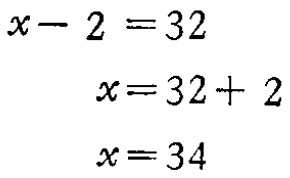
\[

\begin{align*}

x - 2 &= 32\\

x&=32 + 2\\

x&=34

\end{align*}

\]